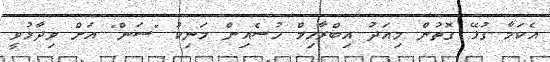
އެކަމާ ގުޅޭ ގޮތުން މިއަދު އިބްރާހިމް ހުސެއިން މަނިކު "ސަން" އަށް ވިދާޅުވީ